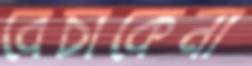
বেচাকেনা